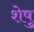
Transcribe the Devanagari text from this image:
शेषु